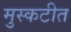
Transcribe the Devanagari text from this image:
मुस्कटीत